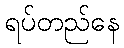
ရပ်တည်နေ